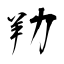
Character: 劷